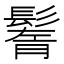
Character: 鬌